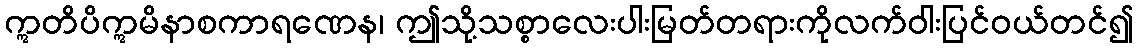
ဣတိပိဣမိနာစကာရဏေန၊ ဤသို့သစ္စာလေးပါးမြတ်တရားကိုလက်ဝါးပြင်ဝယ်တင်၍